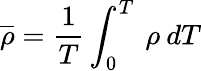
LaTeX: \overline{{\rho}}=\frac{1}{T}\int_{0}^{T}\: {\rho}\: dT